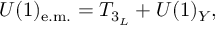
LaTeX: U ( 1 ) _ { \mathrm { e . m . } } = T _ { 3 _ { L } } + U ( 1 ) _ { Y } ,